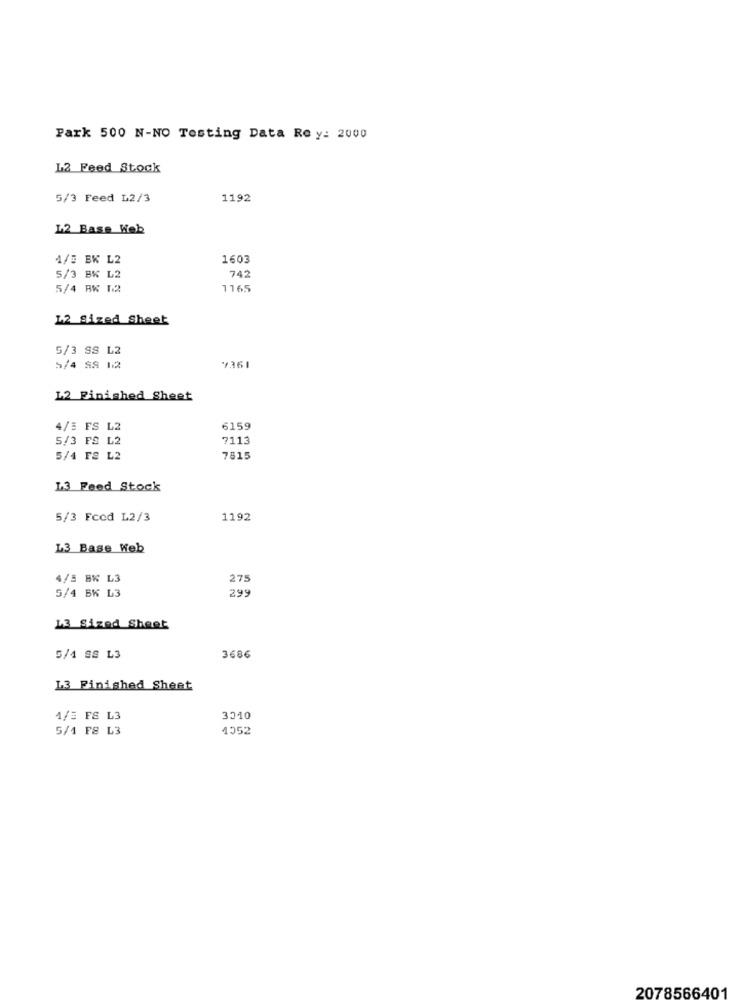
Park 500 N-NO Testing Data Rey: 2000
L2 Feed Stock
5/3 Feed L2/3
1192
L2 Base Web
4/5 BK L2
1603
742
5/3 BK L2
5/4 AK 12
1165
12 Sized Sheet
5/3 SS L2
5/4 9S 12
7361
L2 Finished Sheet
4/3 FS L2
6159
5/3 FS L2
7113
5/4 FS L2
7815
13 Feed Stock
5/3 Fced L2/3
1192
L3 Base Web
4/5 BK L3
275
5/4 BK L3
29
13 Sized Sheet
5/4 98 L3
3686
L3 Finished Sheet
1/3 FS L3
3310
5/1 F8 L3
4552
2078566401